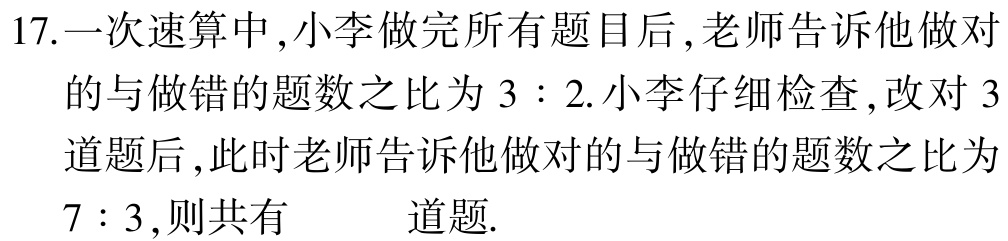
17.一次速算中,小李做完所有题目后,老师告诉他做对

的与做错的题数之比为 \(3:2\).小李仔细检查,改对 \(3\)

道题后,此时老师告诉他做对的与做错的题数之比为

\(7:3\),则共有  道题.